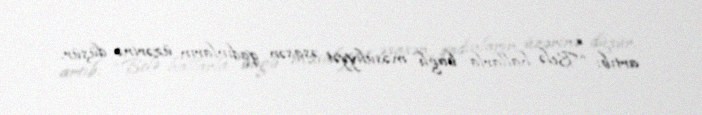
artıb: “Belə hallarla bağlı məsuliyyət əsasən qadınların üzərinə düşür.